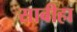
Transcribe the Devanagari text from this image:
साबीहा